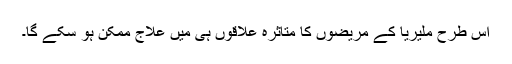
اس طرح ملیریا کے مریضوں کا متاثرہ علاقوں ہی میں علاج ممکن ہو سکے گا۔